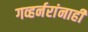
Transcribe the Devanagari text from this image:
गव्हर्नरांनाही